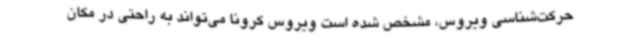
حرکت‌شناسی ویروس، مشخص شده است ویروس کرونا می‌تواند به راحتی در مکان